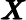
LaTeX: \pmb{X}